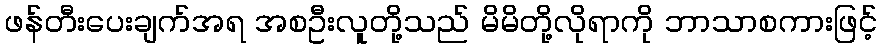
ဖန်တီးပေးချက်အရ အစဦးလူတို့သည် မိမိတို့လိုရာကို ဘာသာစကားဖြင့်